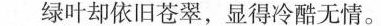
绿叶却依旧苍翠，显得冷酷无情。